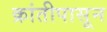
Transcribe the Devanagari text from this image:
क्रांतीपासून